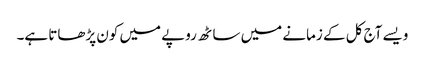
ویسے آج کل کے زمانے میں ساٹھ روپے میں کون پڑھاتا ہے۔